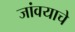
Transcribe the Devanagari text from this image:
जांवयाचे